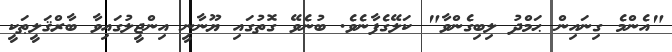
"އެންމެ ގިނައިން ޙަމްދު ލިބިގެންވާ" ކަލޭގެފާނެވެ. ބުނެވޭ ގޮތުގައި ޔޫނާނީ އިންޖީލުގައިވާ ބާރްޤަލީޠަކީ